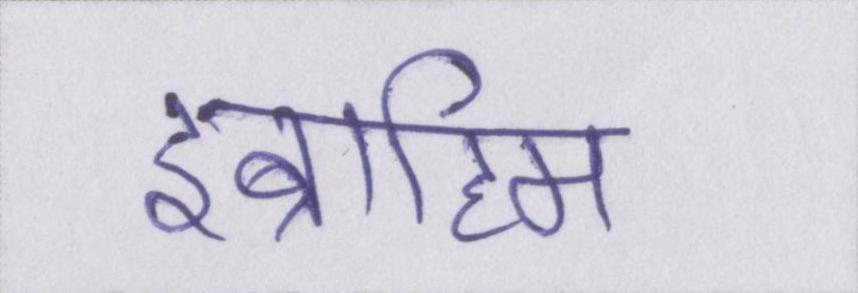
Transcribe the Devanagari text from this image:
इब्राहिम